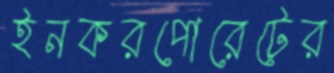
ইনকরপোরেটের